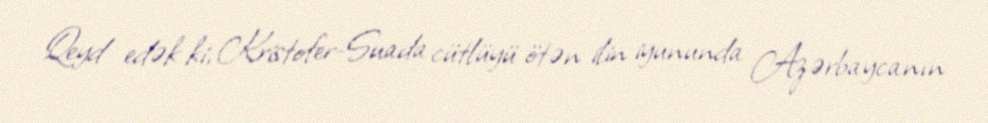
Qeyd edək ki, Kristofer-Suada cütlüyü ötən ilin iyununda Azərbaycanın